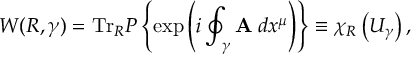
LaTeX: W ( R , \gamma ) = \mathrm { T r } _ { R } { \cal P } \left\{ \exp \left( i \oint _ { \gamma } { { \bf A _ { \mu } } d x ^ { \mu } } \right) \right\} \equiv \chi _ { R } \left( U _ { \gamma } \right) ,